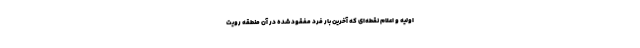
اولیه و اعلام نقطه‌ای که آخرین بار فرد مفقود شده در آن منطقه رویت